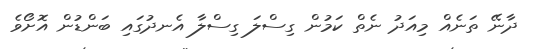
ދާނޭ ތަނެއް މިއަދު ނެތް ކަމުން ގިސްލަ ގިސްލާ އެނދުގައި ބަންޑުން އޮށޯވެ